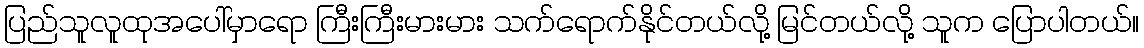
ပြည်သူလူထုအပေါ်မှာရော ကြီးကြီးမားမား သက်ရောက်နိုင်တယ်လို့ မြင်တယ်လို့ သူက ပြောပါတယ်။